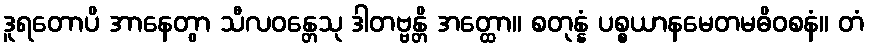
ဒူရတောပိ အာနေတွာ သီလဝန္တေသု ဒါတဗ္ဗန္တိ အတ္ထော။ စတုန္နံ ပစ္စယာနမေတမဓိဝစနံ။ တံ